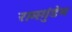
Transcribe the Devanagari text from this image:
रामगुंडेम